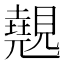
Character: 𭐆